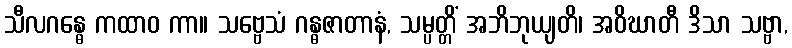
သီလဂန္ဓေ ကထာဝ ကာ။ သဗ္ဗေသံ ဂန္ဓဇာတာနံ, သမ္ပတ္တိံ အဘိဘုယျတိ၊ အဝိဃာတီ ဒိသာ သဗ္ဗာ,